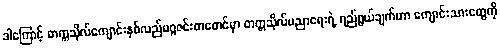
ဒါကြောင့် တက္ကသိုလ်ကျောင်းနှစ်လည်မဂ္ဂဇင်းတစောင်မှာ တက္ကသိုလ်ပညာရေးရဲ့ ရည်ရွယ်ချက်ဟာ ကျောင်းသားတွေကို